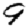
Digit: 9